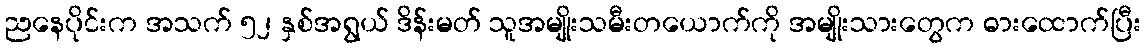
ညနေပိုင်းက အသက် ၅၂ နှစ်အရွယ် ဒိန်းမတ် သူအမျိုးသမီးတယောက်ကို အမျိုးသားတွေက ဓားထောက်ပြီး